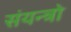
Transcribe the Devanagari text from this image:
संयन्त्रो